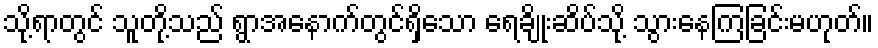
သို့ရာတွင် သူတို့သည် ရွာအနောက်တွင်ရှိသော ရေချိုးဆိပ်သို့ သွားနေကြခြင်းမဟုတ်။